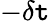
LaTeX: -\delta\mathtt{t}